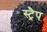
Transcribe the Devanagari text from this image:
स्ट्रैप